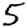
Digit: 5